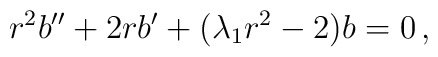
r^2 b'' + 2 r b' + ( \lambda_1 r^2 - 2 ) b = 0 \, ,